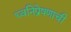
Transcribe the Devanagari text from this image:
ध्वनिप्रेषणाची